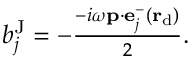
\begin{array} { r } { b _ { j } ^ { \mathrm { J } } = - \frac { - i \omega \mathbf { p } \cdot \mathbf { e } _ { j } ^ { - } ( \bf r _ { \mathrm { d } } ) } { 2 } . } \end{array}